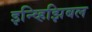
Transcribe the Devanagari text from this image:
इन्व्हिझिबल